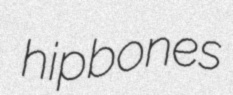
hipbones